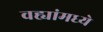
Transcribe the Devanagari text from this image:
वह्यांमध्ये